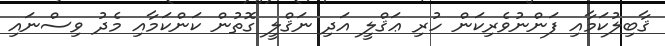
ޤާބިލުކަމާއި ފަންނުވެރިކަން ހުރި ޢަޤްލީ އަދި ނަޤްލީ ގޮތުން ކަންކަމާއި މެދު ވިސްނައި